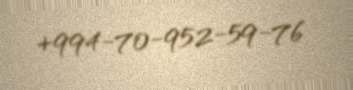
+994-70-952-59-76